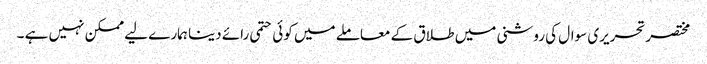
مختصرتحریری سوال کی روشنی میں طلاق کے معاملے میں کوئی حتمی رائے دینا ہمارے لیے ممکن نہیں ہے ۔